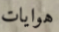
هوايات